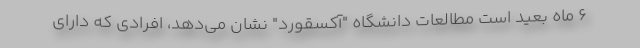
۶ ماه بعید است مطالعات دانشگاه "آکسقورد" نشان می‌دهد، افرادی که دارای